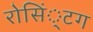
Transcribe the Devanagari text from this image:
रोसिं्टग